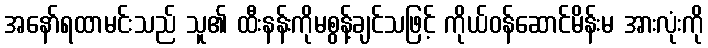
အနော်ရထာမင်းသည် သူ၏ ထီးနန်းကိုမစွန့်ချင်သဖြင့် ကိုယ်ဝန်ဆောင်မိန်းမ အားလုံးကို